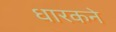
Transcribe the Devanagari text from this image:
धारकने